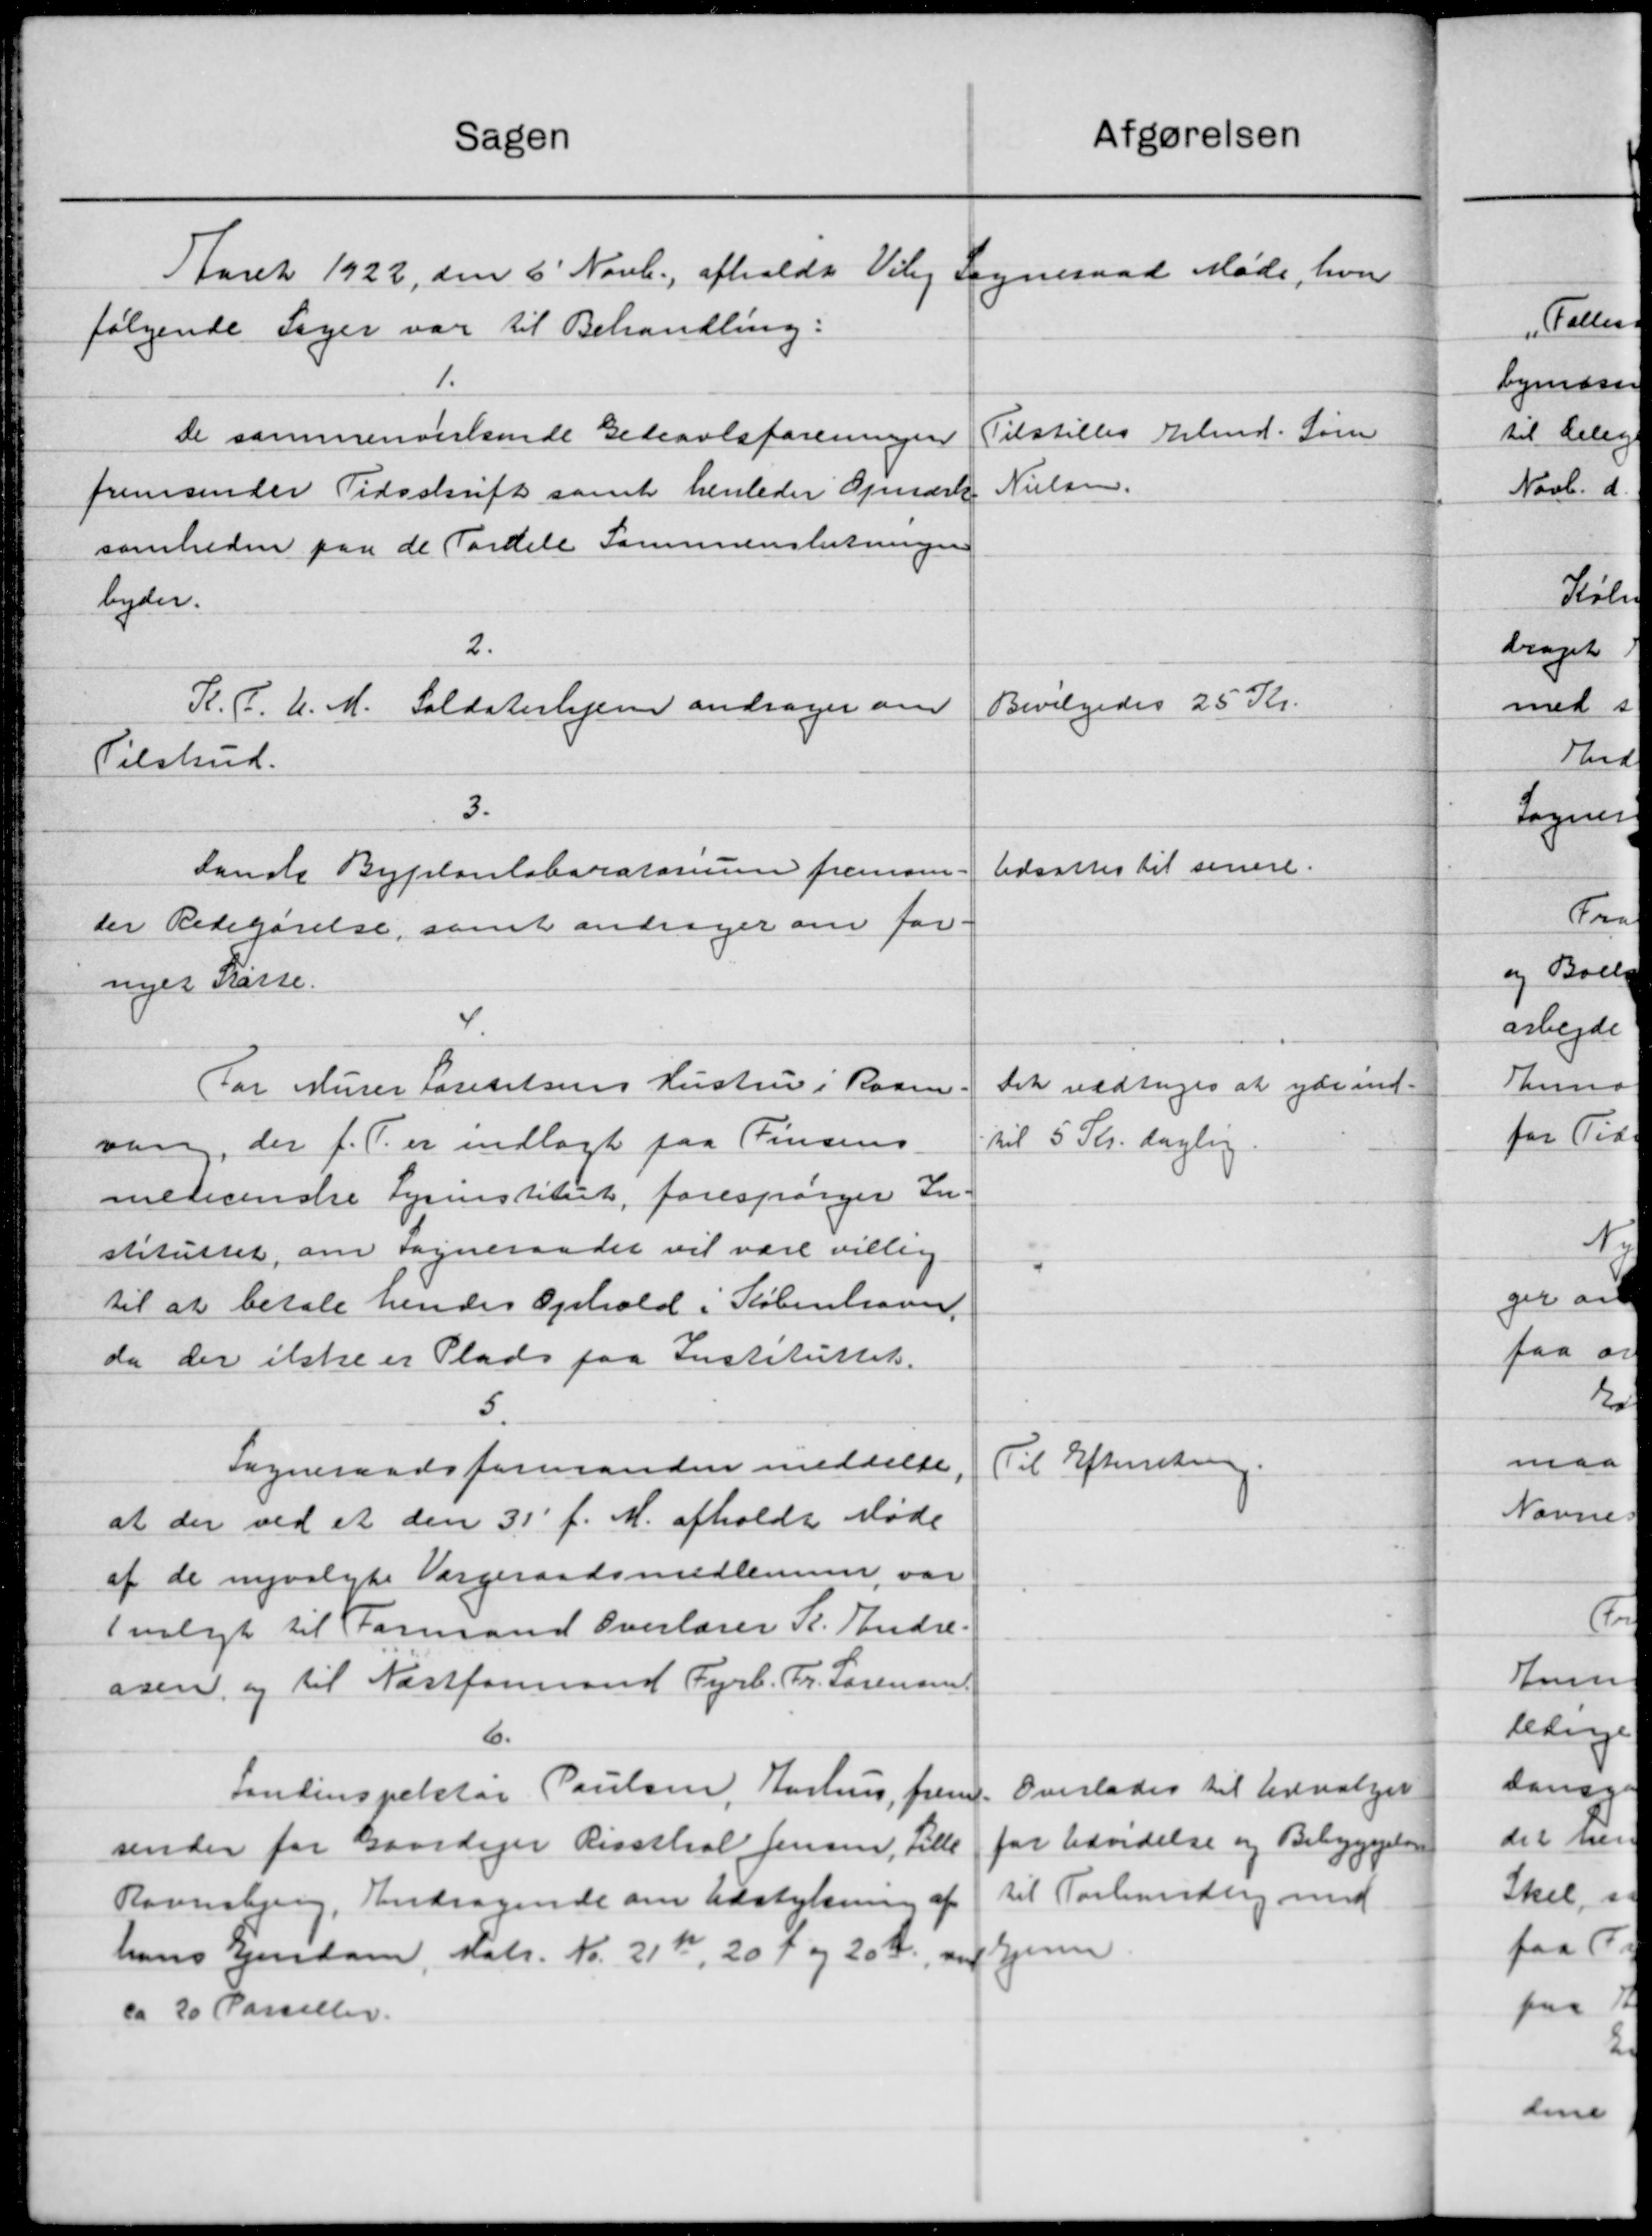
Transskription:
afgørelsen
Sagen
Aaret 1922, den 6' Novb. afholdt Viby Sogneraad Møde, hvor
følgende Sager var til Behandling:
1.
Tilstilles Arbmd. Søren
de sammenverkende Gedeavlsforeningen
Nielsen.
fremsender Tidsskrift samt henleder Opmærk
somheden paa de Fordele Sammenslutningen
byder.
2.
Bevilgedes 25 Kr.
K. P. U. M. Soldaterhjem andrager om
Tilskud.
3.
Udsattes til senere.
Lande Byplanlaboratorum fremsen-
der Redegørelse, samt andrager om for-
nyes Kasse.
4.
For Murer Danielsens Hustru i Rasm.
Det vedtoges at yde ind-
til 5 Kr. daglig
vang, der f. T. er indlagt paa Finsens
medicinske Lysinstitut, forespørger In
stituttet, om Sogneraadet vil være villig
"
til at betale hendes Ophold i København.
da der ikke er Plads paa Instituttet.
5.
Til Efterretning.
Sogneraadsformanden meddelte,
at der ved et den 31' f. M. afholdt Møde
af de nyvalgte Værgeraadsmedlemmer var
Suligt til Formand Overlærer R. Andre.
osen, og til Næstformand Fyrb. Fr. Sørensen
6.
Overlades til Udvalget
Landinspektør Poulsen, Aarhus, frem-
for Udvidelse og Bebyggelse
sender for Gaardejer Rissthal Jensen, Lille
til Forhandlig med
Ravnsbjerg. Andragende om Udstykning af
hans Ejendom, Matr. Nr. 21 Kr., 20 Ø og 20 Kr., om hjem
ca 20 Parceller.